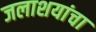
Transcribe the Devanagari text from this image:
जलाशयांचा